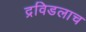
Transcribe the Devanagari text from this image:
द्रविडलाच